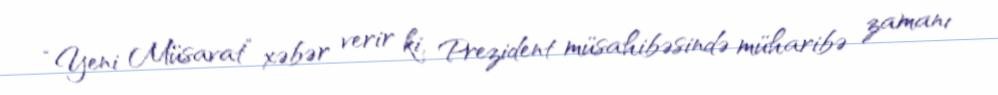
“Yeni Müsavat” xəbər verir ki, Prezident müsahibəsində müharibə zamanı